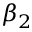
\beta _ { 2 }